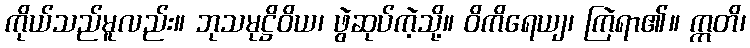
ကိုယ်သည်မူလည်း။ ဘုသမုဋ္ဌိဝိယ၊ ဖွဲဆုပ်ကဲ့သို့။ ဝိကိရေယျ၊ ကြဲရာ၏။ ဣတိ၊